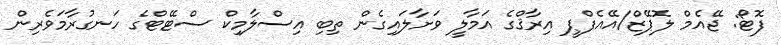
ފޮޓޯ: ޖޭއެމް ލޮޕޭޒް/އޭއެފްޕީ އިރާޤްގެ އަމާލީ ވަށާލައިގެން ތިބި އިސްލާމިކް ސްޓޭޓްގެ ހަނގުރާމަވެރިން